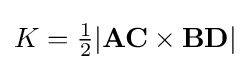
K={\tfrac {1}{2}}|\mathbf {AC} \times \mathbf {BD} |